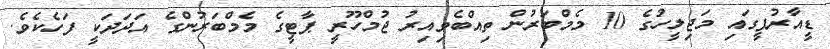
ޑީއާރުޕީގައި މަޖިލީހުގެ 10 މެމްބަރުން ތިއްބެވިއިރު ޖުމްހޫރީ ޕާޓީގެ މެމްބަރުންގެ އަދަދަކީ ފަހެކެވެ.